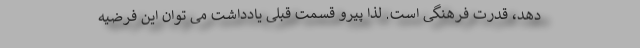
دهد، قدرت فرهنگی است. لذا پیرو قسمت قبلی یادداشت می توان این فرضیه